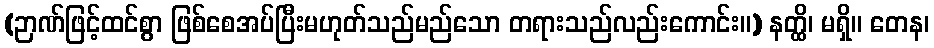
(ဉာဏ်ဖြင့်ထင်စွာ ဖြစ်စေအပ်ပြီးမဟုတ်သည်မည်သော တရားသည်လည်းကောင်း။) နတ္ထိ၊ မရှိ။ တေန၊